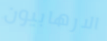
الارهابيون